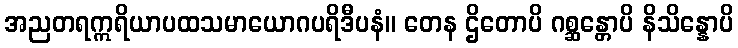
အညတရဣရိယာပထသမာယောဂပရိဒီပနံ။ တေန ဌိတောပိ ဂစ္ဆန္တောပိ နိသိန္နောပိ